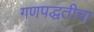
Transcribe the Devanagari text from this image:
गणपद्धतीचा